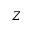
Z